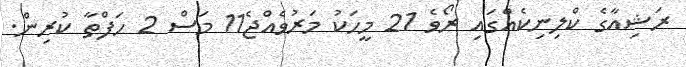
ރަޝިއާގެ ކްލިނިކެއްގައި ރޯވެ 21 މީހަކު މަރުވެއްޖެ11 މަސް 2 ހަފްތާ ކުރިން.